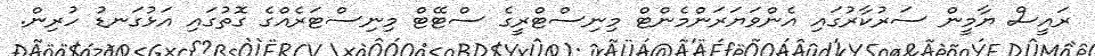
ރައީސް ޔާމީން ސަރުކާރުގައި އެންވަޔަރަންމެންޓް މިނިސްޓްރީގެ ސްޓޭޓް މިނިސްޓަރެއްގެ ގޮތުގައި އަޅުގަނޑު ހުރިން.